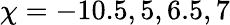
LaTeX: \chi=-10.5,5,6.5,7